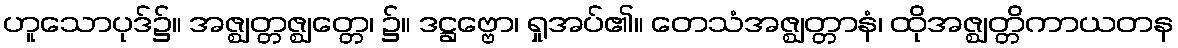
ဟူသောပုဒ်၌။ အဇ္ဈတ္တဇ္ဈတ္တေ၊ ၌။ ဒဋ္ဌဗ္ဗော၊ ရှုအပ်၏။ တေသံအဇ္ဈတ္တာနံ၊ ထိုအဇ္ဈတ္တိကာယတန